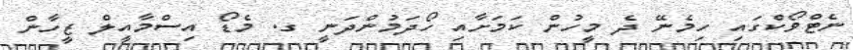
ނެޓްވޯކްގައި ހިމެނޭ ދެ މީހުން ކަމަށާއި ހޯދަމުންދަނީ ގ. މެޑޯ އިސްމާއީލް ޒީހާން